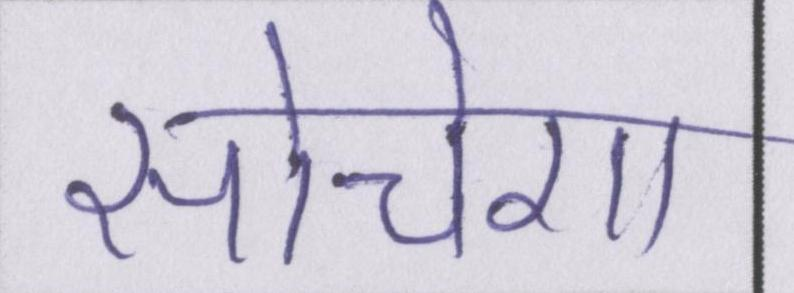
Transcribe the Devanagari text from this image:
सोचेगा